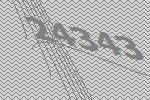
24343